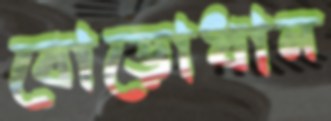
বোড়োধান